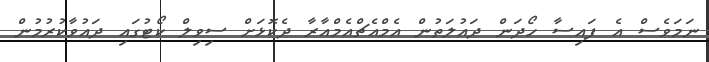
ނަމަވެސް އެ ފައިސާ ހޯދަން ދައުލަތުން އެމްއެޗްއެމްއާރާ ދެކޮޅަށް ސިވިލް ކޯޓުގައި ދައުވާކުރުމުން